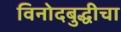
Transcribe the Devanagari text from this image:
विनोदबुद्धीचा